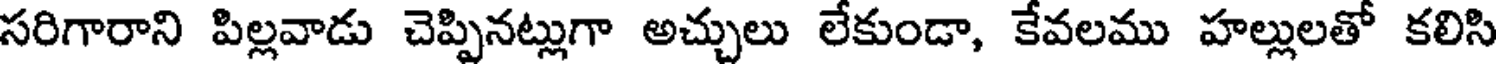
సరిగారాని పిల్లవాడు చెప్పినట్లుగా అచ్చులు లేకుండా, కేవలము హల్లులతో కలిసి